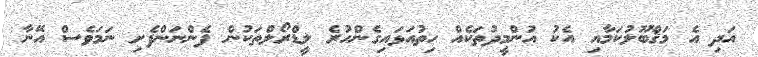
އަދި އެ މަޤްބޫލުކަމާއި އެކު އުންމީދުތަކެއް ހިތުއަޅައިގެންހުރެ ލީޑްރޯލްތަކުން ފެންނަންފެށި ނަމަވެސް އޭނާ